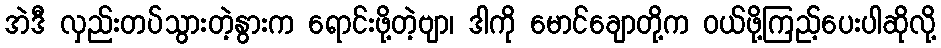
အဲဒီ လှည်းတပ်သွားတဲ့နွားက ရောင်းဖို့တဲ့ဗျာ၊ ဒါကို မောင်ချောတို့က ဝယ်ဖို့ကြည့်ပေးပါဆိုလို့